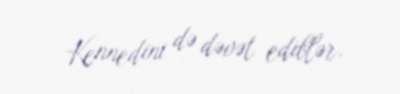
Kennedini də dəvət ediblər.